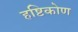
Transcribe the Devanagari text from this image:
हष्टिकोण